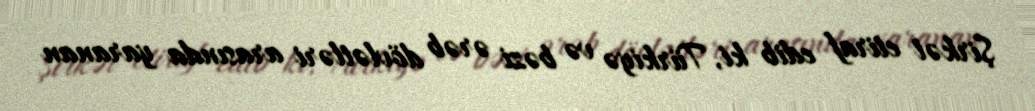
Şirkət etiraf edib ki, Türkiyə və bəzi ərəb dövlətləri arasında yaranan